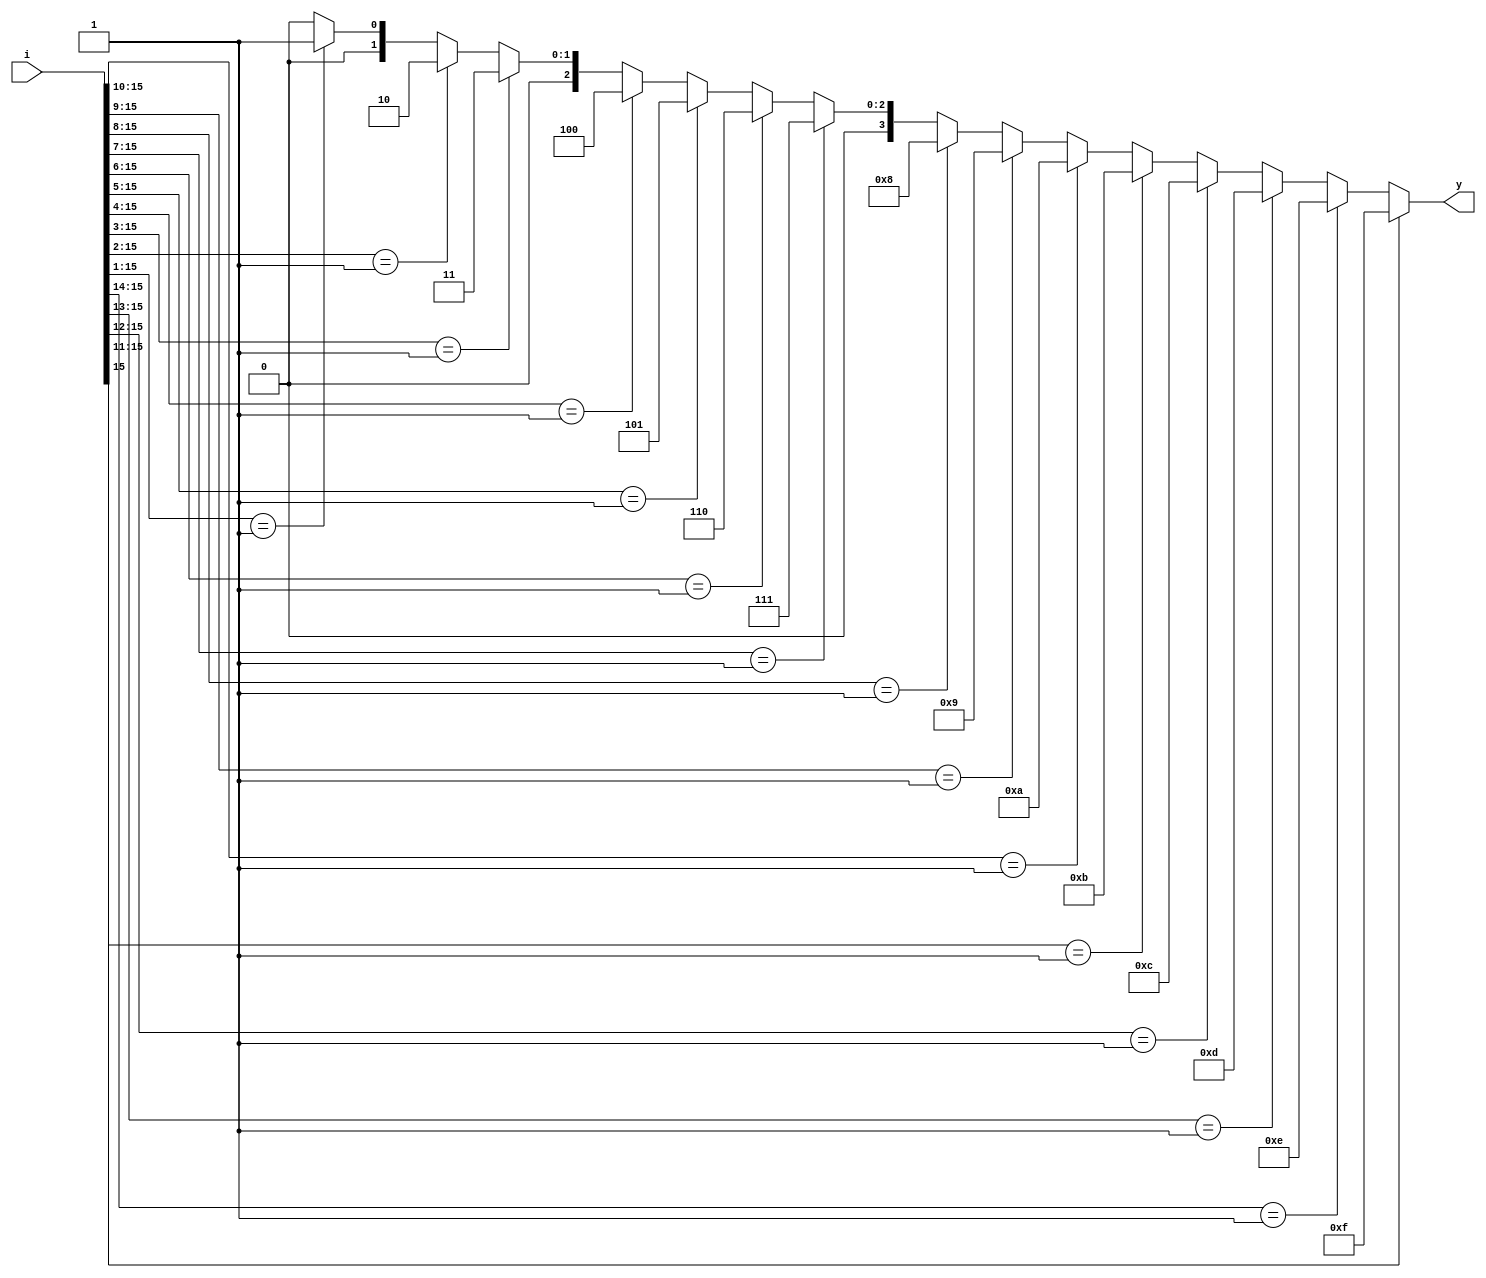
module codpri16_4 (i, y);
    input  [15:0] i;
    output [3:0] y;

    assign y = (i[15] == 1'b1)? 4'b1111:
    (i[15:14] == 2'b01)? 4'b1110:
    (i[15:13] == 3'b001)? 4'b1101:
    (i[15:12] == 4'b0001)? 4'b1100:
    (i[15:11] == 5'b00001)? 4'b1011:
    (i[15:10] == 6'b000001)? 4'b1010:
    (i[15:9] == 7'b0000001)? 4'b1001:
    (i[15:8] == 8'b00000001)? 4'b1000:
    (i[15:7] == 9'b000000001)? 4'b0111:
    (i[15:6] == 10'b0000000001)? 4'b0110:
    (i[15:5] == 11'b00000000001)? 4'b0101:
    (i[15:4] == 12'b000000000001)? 4'b0100:
    (i[15:3] == 13'b0000000000001)? 4'b0011:
    (i[15:2] == 14'b00000000000001)? 4'b0010:
    (i[15:1] == 15'b000000000000001)? 4'b0001:
    4'b0000;

endmodule